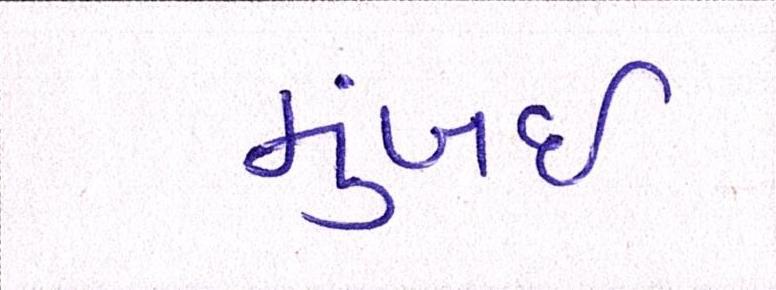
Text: મુંબઈઃ